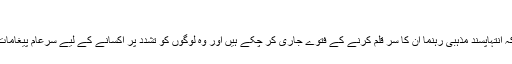
‘
ان کا کہنا ہے کہ انتہاپسند مذہبی رہنما ان کا سر قلم کرنے کے فتوے جاری کر چکے ہیں اور وہ لوگوں کو تشدد پر اکسانے کے لیے سرعام پیغامات دے رہے ہیں۔